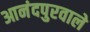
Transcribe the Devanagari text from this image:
आनंदपुरवाले